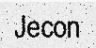
Jecon